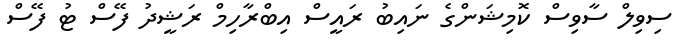
ސިވިލް ސާވިސް ކޮމިޝަންގެ ނައިބު ރައީސް އިބްރާހިމް ރަޝީދު ފޭސް ޓު ފޭސް